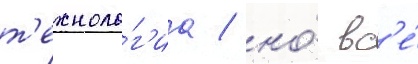
т'ехноло́г'иа / но́ вс'е́